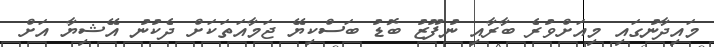
މައިދާނުގައި މިއަށްވުރެ ބާރާއި ނުފޫޒު ބޮޑު ބަސްކިޔޭ ޖަމާއަތަކަށް ދެކުނު އޭޝިޔާ އަށް